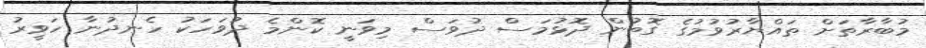
މުބާރާތަށް ތައްޔާރުވުމުގެ ގޮތުން ދޮޅުމަސް ދުވަސް މިވަނީ ކޮންމެ ދުވަހަކު ހެނދުނާ ހަވީރު